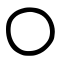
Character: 〇